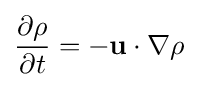
{\frac {\partial \rho }{\partial t}}=-\mathbf {u} \cdot \nabla \rho